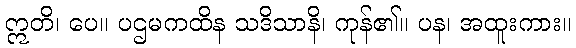
ဣတိ၊ ပေ။ ပဌမကထိန သဒိသာနိ၊ ကုန်၏။ ပန၊ အထူးကား။